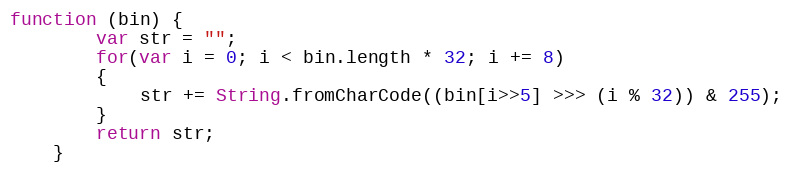
Language: JavaScript
function (bin) {
        var str = "";
        for(var i = 0; i < bin.length * 32; i += 8)
        {
            str += String.fromCharCode((bin[i>>5] >>> (i % 32)) & 255);
        }
        return str;
    }